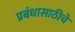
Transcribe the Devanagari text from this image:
प्रबंधासाठीचे